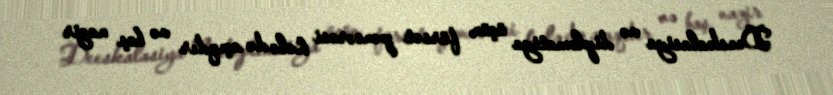
Deeskalasiya və diplomatiya üçün fürsət pəncərəsi hələ də açıqdır və baş nazir